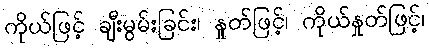
ကိုယ်ဖြင့် ချီးမွမ်းခြင်း၊ နှုတ်ဖြင့်၊ ကိုယ်နှုတ်ဖြင့်၊